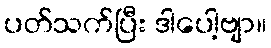
ပတ်သက်ပြီး ဒါပေါ့ဗျာ။